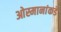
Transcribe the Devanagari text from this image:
ओस्मानांकडे